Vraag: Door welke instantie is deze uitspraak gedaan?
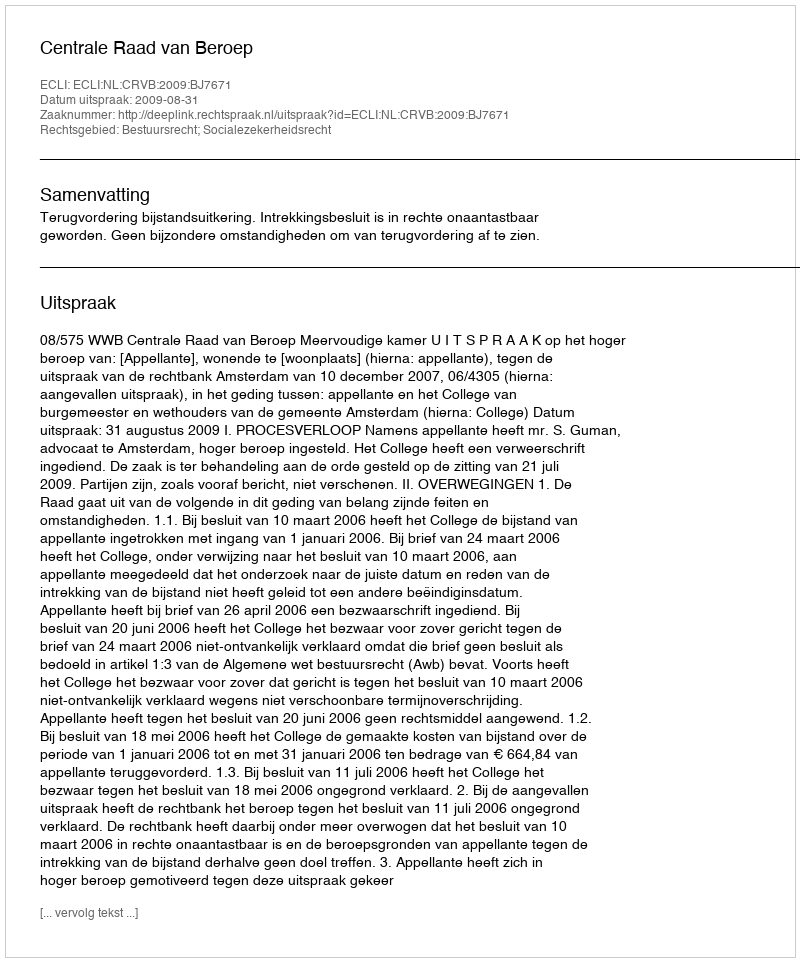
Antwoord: Centrale Raad van Beroep